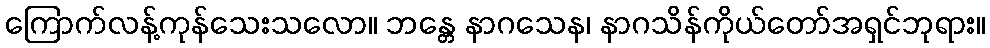
ကြောက်လန့်ကုန်သေးသလော။ ဘန္တေ နာဂသေန၊ နာဂသိန်ကိုယ်တော်အရှင်ဘုရား။